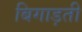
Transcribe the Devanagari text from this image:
बिगाड़ती